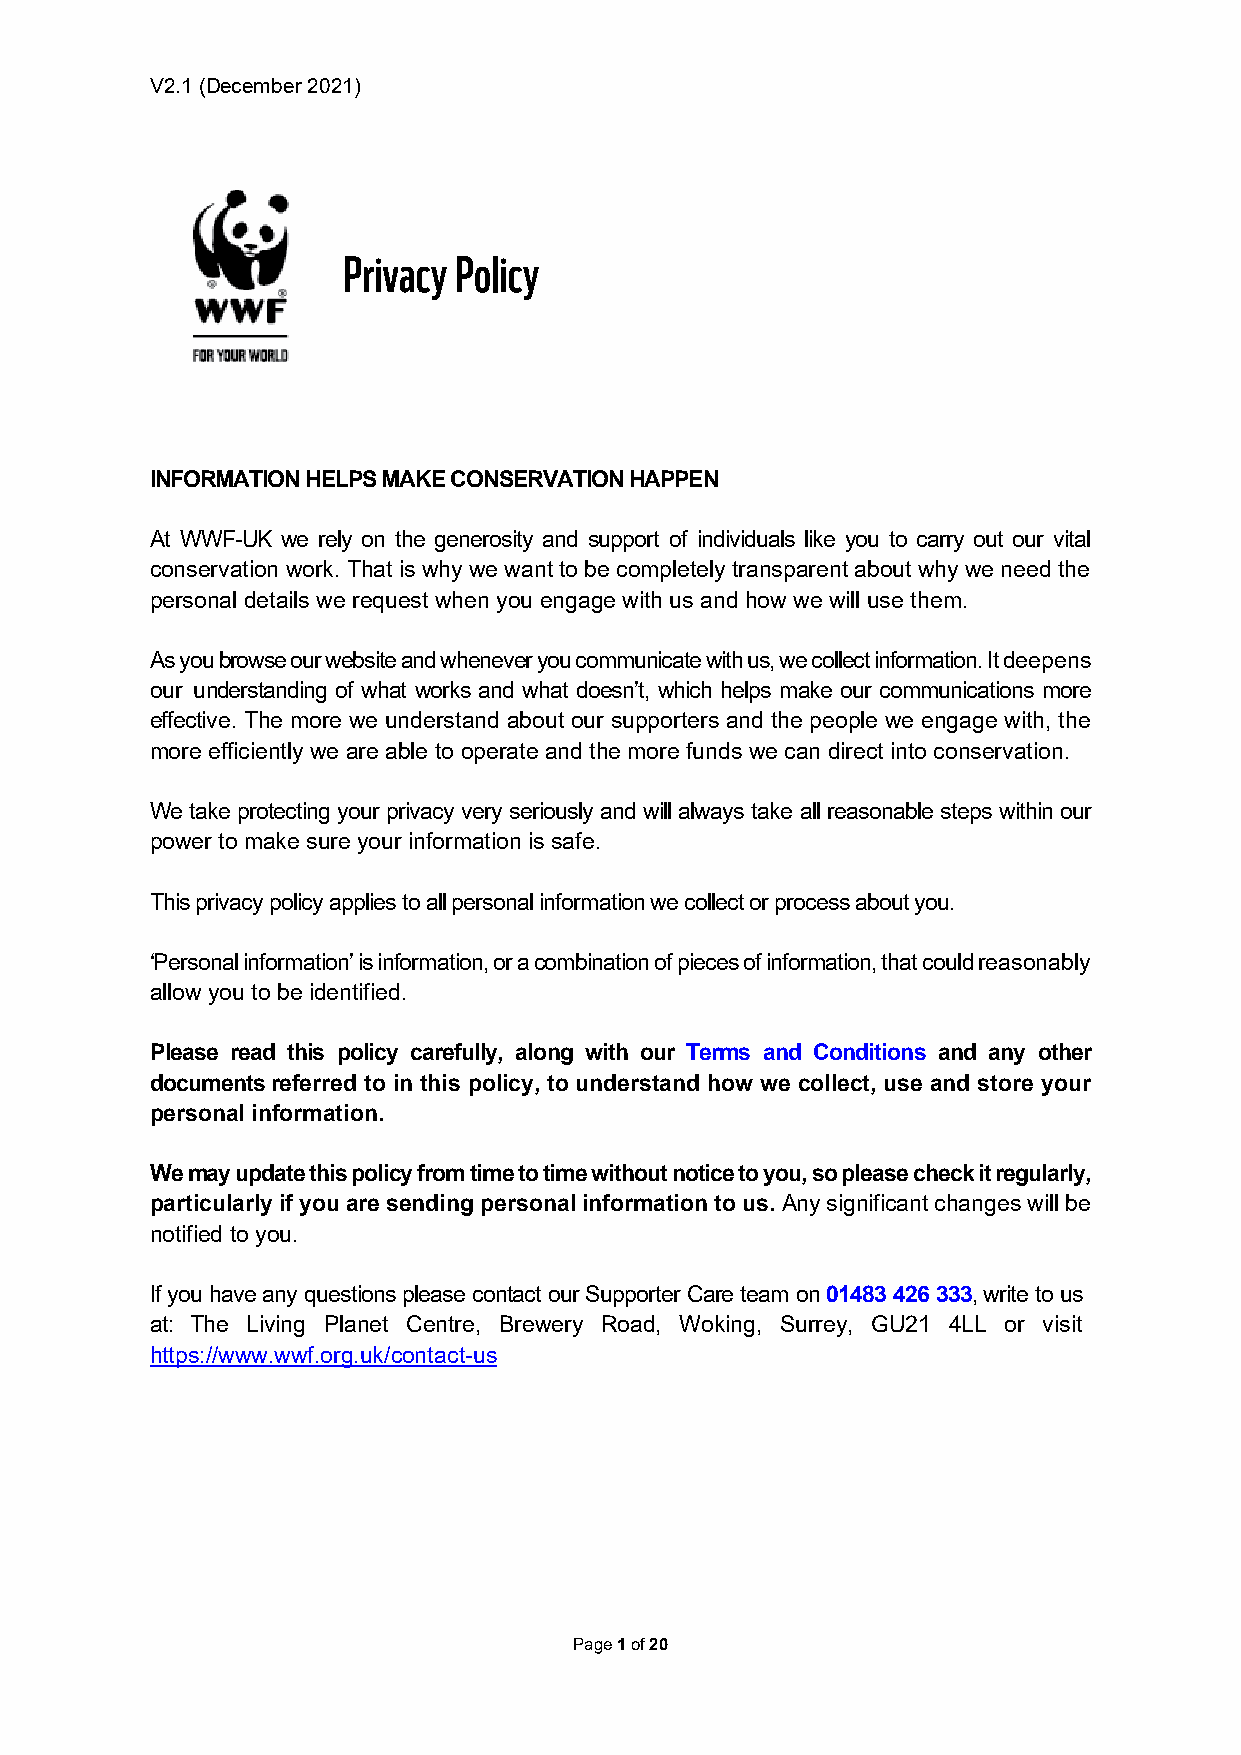
V2.1 (December 2021)
 Privacy Policy
 INFORMATION HELPS MAKE CONSERVATION HAPPEN
 At WWF-UK we rely on the generosity and support of individuals like you to carry out our vital
 conservation work. That is why we want to be completely transparent about why we need the
 personal details we request when you engage with us and how we will use them.
 As you browse our website and whenever you communicate with us, we collect information. It deepens
 our understanding of what works and what doesn’t, which helps make our communications more
 effective. The more we understand about our supporters and the people we engage with, the
 more efficiently we are able to operate and the more funds we can direct into conservation.
 We take protecting your privacy very seriously and will always take all reasonable steps within our
 power to make sure your information is safe.
 This privacy policy applies to all personal information we collect or process about you.
 ‘Personal information’ is information, or a combination of pieces of information, that could reasonably
 allow you to be identified.
 Please read this policy carefully, along with our Terms and Conditions and any other
 documents referred to in this policy, to understand how we collect, use and store your
 personal information.
 We may update this policy from time to time without notice to you, so please check it regularly,
 particularly if you are sending personal information to us. Any significant changes will be
 notified to you.
 If you have any questions please contact our Supporter Care team on 01483 426 333, write to us
 at: The Living Planet Centre, Brewery Road, Woking, Surrey, GU21 4LL or visit
 https://www.wwf.org.uk/contact-us
 Page 1 of 20